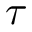
\tau